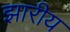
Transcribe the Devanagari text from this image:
झारीय